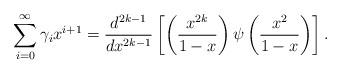
LaTeX: \begin{align*} \sum_{i=0}^\infty \gamma_i x^{i+1} = \frac{d^{2k-1}}{dx^{2k-1}}\left[ \left(\frac{x^{2k}}{1-x}\right) \psi \left(\frac{x^2}{1-x}\right) \right].\end{align*}